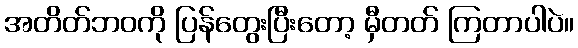
အတိတ်ဘဝကို ပြန်တွေးပြီးတော့ မှီတတ် ကြတာပါပဲ။